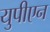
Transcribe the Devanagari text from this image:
युपीएन